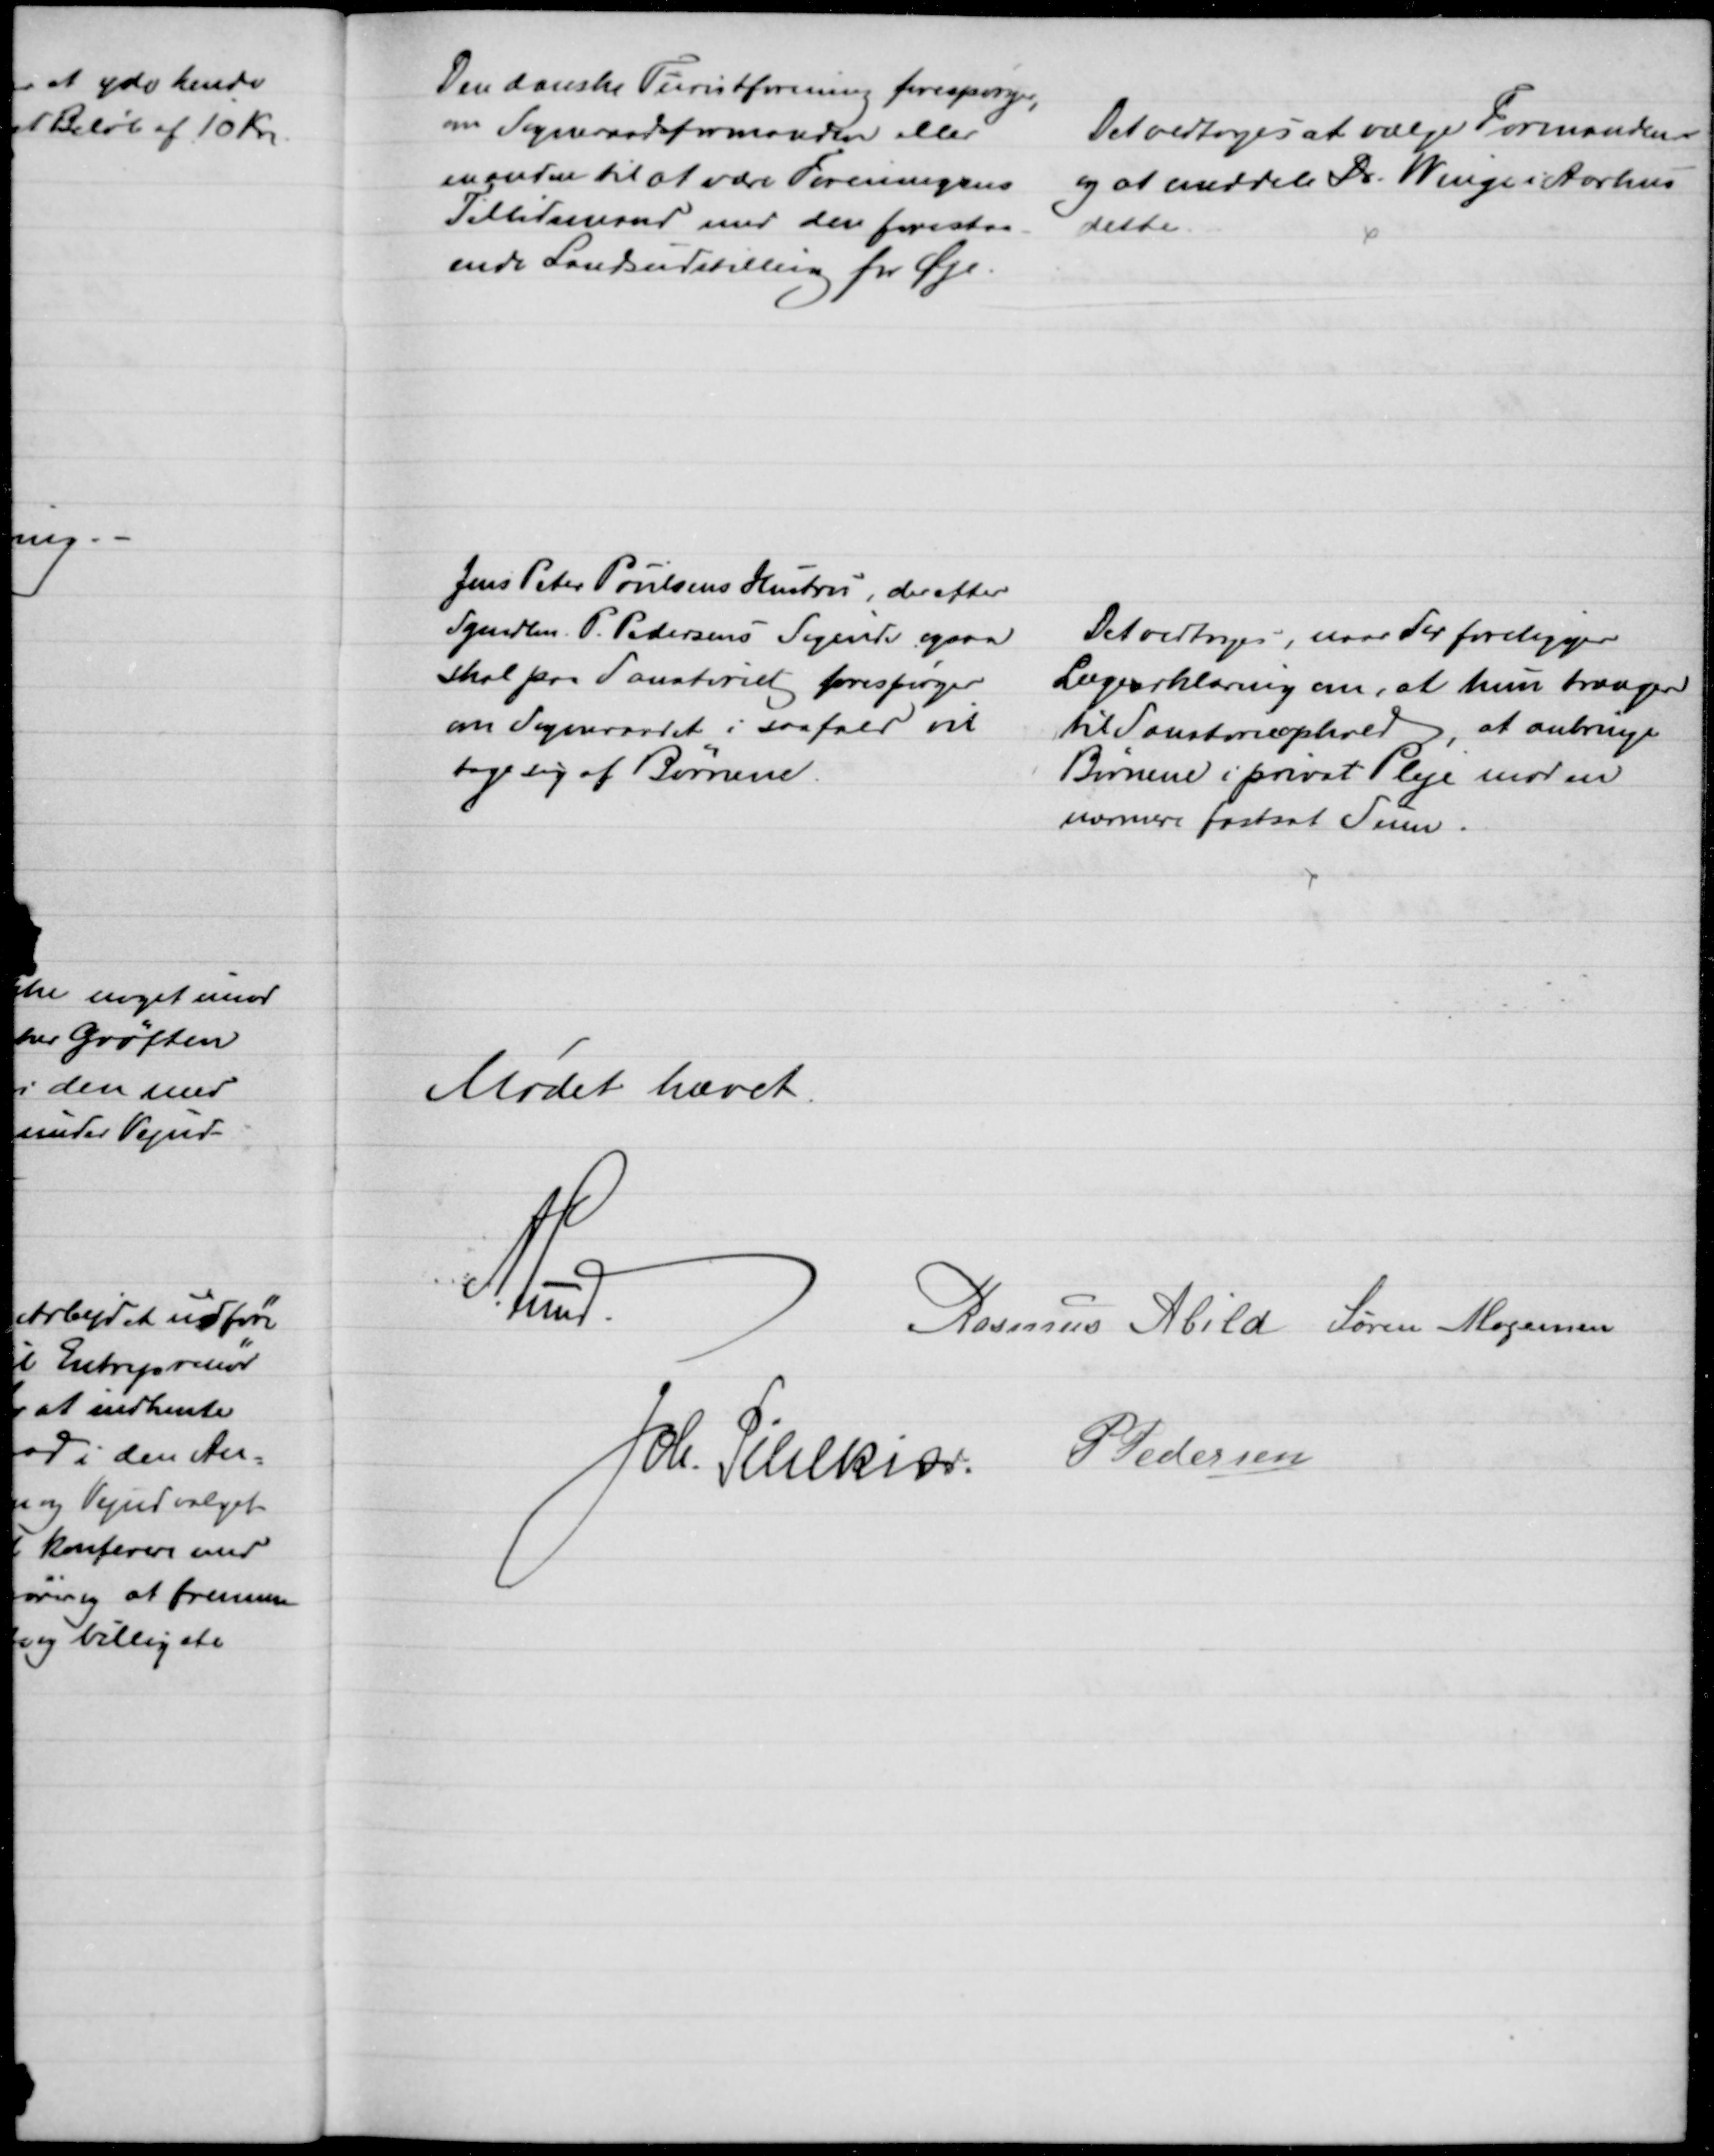
Transskription:
Den danske Turistforening forespørger,
om Sogneraadsformanden eller
en anden til at være Foreningens
Tillidsmand med den forestaa-
ende Landsudstilling for Øje.
Det vedtoges at vælge Formanden
og at meddele Dr. Winge i Aarhus
dette.
Jens Peter Poulsens Hustru, der efter
Sgmdlm. P. Pedersens Sigende ogsaa
skal paa Sanatoriet forespørger
om Sogneraadet i saa fald vil
tage sig af Børnene.
Det vedtoges, naar der foreligger
Lægeerklæring om, at hun trænger
til Sanatorieophold, at anbringe
Børnene i privat Pleje mod en
nærmere fastsat Sum.
Mødet hævet.
A. Lund.
Rasmus Abild Søren Mogensen.
Joh. Pihlkjær P Pedersen